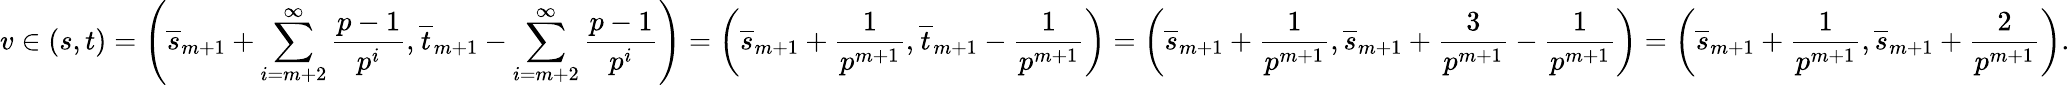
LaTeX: v\in(s,t)=\left(\overline{{s}}_{m+1}+\sum_{i=m+2}^{\infty}\frac{p-1}{p^{i}},\overline{{t}}_{m+1}-\sum_{i=m+2}^{\infty}\frac{p-1}{p^{i}}\right)=\left(\overline{{s}}_{m+1}+\frac{1}{p^{m+1}},\overline{{t}}_{m+1}-\frac{1}{p^{m+1}}\right)=\left(\overline{{s}}_{m+1}+\frac{1}{p^{m+1}},\overline{{s}}_{m+1}+\frac{3}{p^{m+1}}-\frac{1}{p^{m+1}}\right)=\left(\overline{{s}}_{m+1}+\frac{1}{p^{m+1}},\overline{{s}}_{m+1}+\frac{2}{p^{m+1}}\right).